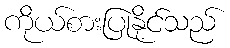
ကိုယ်စားပြုနိုင်သည်